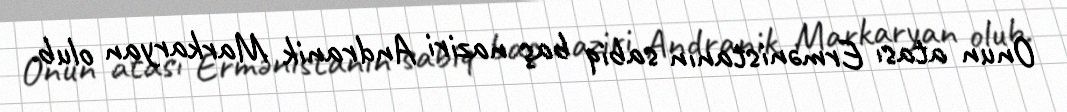
Onun atası Ermənistanın sabiq baş naziri Andranik Markaryan olub.